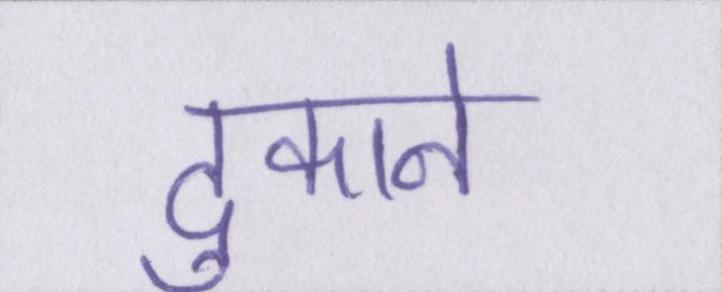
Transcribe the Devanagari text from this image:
दुकाने